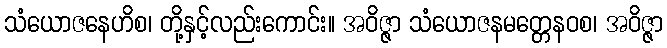
သံယောဇနေဟိစ၊ တို့နှင့်လည်းကောင်း။ အဝိဇ္ဇာ သံယောဇနမတ္တေနဝစ၊ အဝိဇ္ဇာ